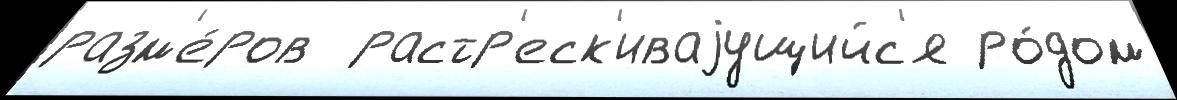
разм'е́ров  растр'еск'иваjущийс'я ро́дом